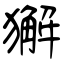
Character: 獬